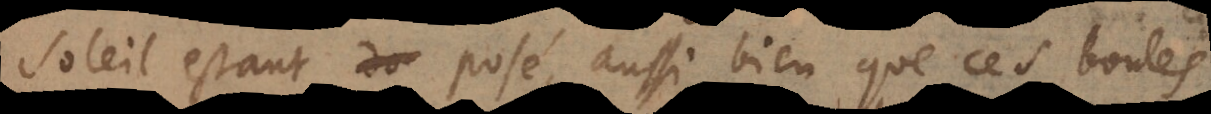
soleil estant posé, aussi bien que ces boules